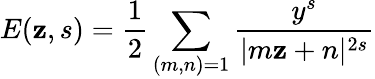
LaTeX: E(\mathbf{z},s)={\frac{{1}}{{2}}}\sum_{(m,n)=1}{\frac{{y^{s}}}{{|m\mathbf{z}+n|^{2s}}}}